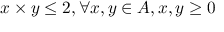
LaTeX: x \times y \leq 2 , \forall x , y \in A , x , y \geq 0